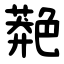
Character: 䒎